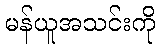
မန်ယူအသင်းကို